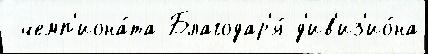
 чемп'иона́та Благодар'я́ д'ив'из'ио́на